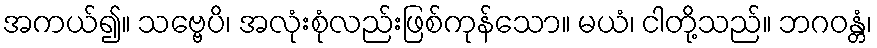
အကယ်၍။ သဗ္ဗေပိ၊ အလုံးစုံလည်းဖြစ်ကုန်သော။ မယံ၊ ငါတို့သည်။ ဘဂဝန္တံ၊